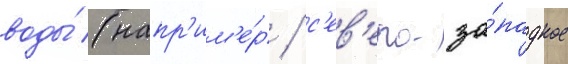
воды́ (напр'им'е́р / с'ев'еро-за́падное